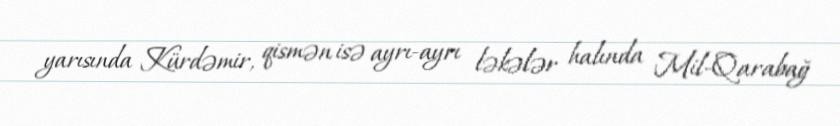
yarısında Kürdəmir, qismən isə ayrı-ayrı ləkələr halında Mil-Qarabağ